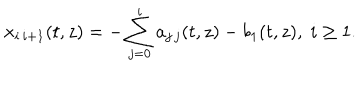
LaTeX: x _ { i \, i + 1 } ( t , z ) = - \sum _ { j = 0 } ^ { i } a _ { j \, j } ( t , z ) - b _ { 1 } ( t , z ) , \; i \geq 1 .